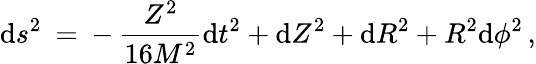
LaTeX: \mathrm{d}s^{2}\: =\: -\, \frac{{Z^{2}}}{{16M^{2}}}\mathrm{d}t^{2}+\mathrm{d}Z^{2}+\mathrm{d}R^{2}+R^{2}\mathrm{d}\phi^{2}\, ,